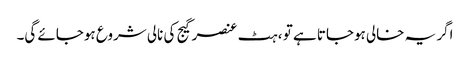
اگر یہ خالی ہوجاتا ہے تو ، ہٹ عنصر گیج کی نالی شروع ہوجائے گی۔